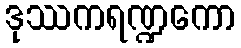
ဒုဿကရဏ္ဍကော